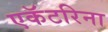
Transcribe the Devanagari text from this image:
एकॅटरिना